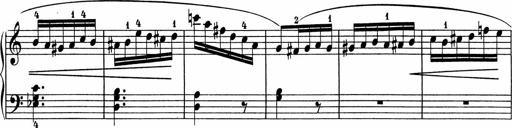
Title: 5 Sonatinen fÃ¼r die Jugend
Composer: Carl Reinecke